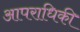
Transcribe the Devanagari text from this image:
आपराधिकी